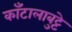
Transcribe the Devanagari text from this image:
काँटालाबुट्टे